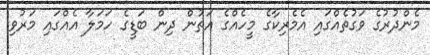
މެންދުރުގެ ވަގުތެއްގައި އެމެރިކާގެ މީހެއްގެ އަތުން ދިން ބަޑީގެ ހަމަލާ އެއްގައި މަރުވި